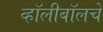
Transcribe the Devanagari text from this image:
व्हॉलीबॉलचे